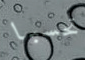
تحسبا